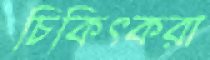
চিকিত্করা